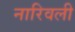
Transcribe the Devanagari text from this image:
नारिवली